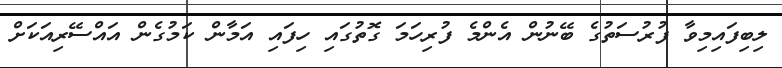
ލިބިފައިމިވާ ފުރުސަތުގެ ބޭނުން އެންމެ ފުރިހަމަ ގޮތުގައި ހިފައި އަމާން ކަމުގެން އައްސޭރިއަކަށް